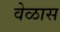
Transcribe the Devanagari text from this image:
वेळास